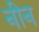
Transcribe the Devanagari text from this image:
नीन